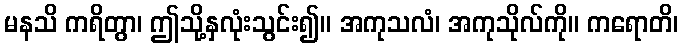
မနသိ ကရိတွာ၊ ဤသို့နှလုံးသွင်း၍။ အကုသလံ၊ အကုသိုလ်ကို။ ကရောတိ၊